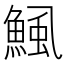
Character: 鯴